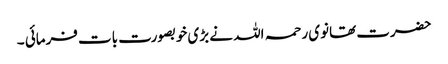
حضرت تھانوی رحمہ اللہ نے بڑی خوبصورت بات فرمائی ۔